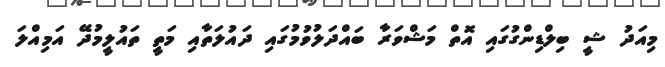
މިއަދު ޝީ ބިލްޑިންގުގައި އޮތް މަޝްވަރާ ބައްދަލުވުމުގައި ދައުލަތާއި މަތީ ތައުލީމުދޭ އަމިއްލަ